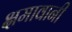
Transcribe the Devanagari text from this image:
क्षमावानी